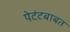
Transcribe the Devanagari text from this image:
पेटंटबाबत